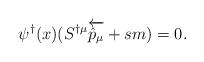
LaTeX: \begin{align*}\psi ^{\dagger} (x)(S^{\dagger \mu} \overleftarrow {{\hat p}_\mu} + sm)=0.\end{align*}